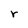
Character: r